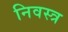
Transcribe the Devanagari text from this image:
निवस्त्र